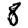
Digit: 8